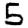
Digit: 5